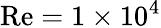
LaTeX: \mathrm{Re}=1\times 10^{4}